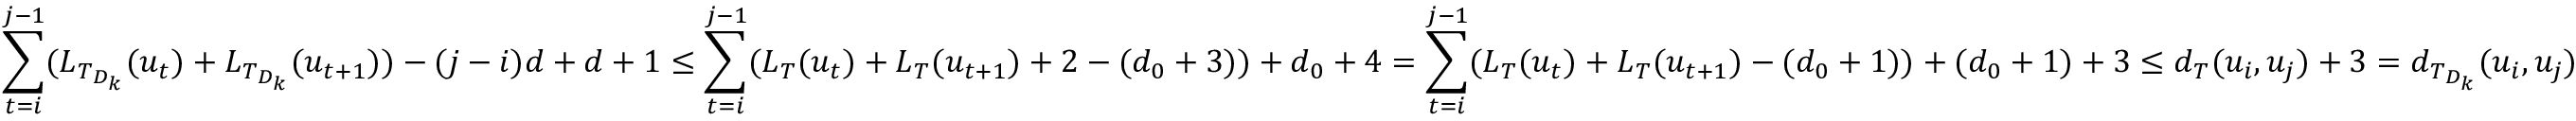
\sum _ { t = i } ^ { j - 1 } ( L _ { T _ { D _ { k } } } ( u _ { t } ) + L _ { T _ { D _ { k } } } ( u _ { t + 1 } ) ) - ( j - i ) d + d + 1 \leq \sum _ { t = i } ^ { j - 1 } ( L _ { T } ( u _ { t } ) + L _ { T } ( u _ { t + 1 } ) + 2 - ( d _ { 0 } + 3 ) ) + d _ { 0 } + 4 = \sum _ { t = i } ^ { j - 1 } ( L _ { T } ( u _ { t } ) + L _ { T } ( u _ { t + 1 } ) - ( d _ { 0 } + 1 ) ) + ( d _ { 0 } + 1 ) + 3 \leq d _ { T } ( u _ { i } , u _ { j } ) + 3 = d _ { T _ { D _ { k } } } ( u _ { i } , u _ { j } )